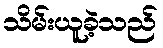
သိမ်းယူခဲ့သည်